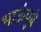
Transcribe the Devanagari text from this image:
भाऊंपुढे